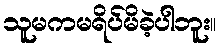
သူမကမရိပ်မိခဲ့ပါဘူး။